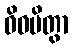
ဝိဓမိတွာ